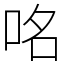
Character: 𠱷